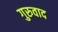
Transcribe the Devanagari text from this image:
गुरुवाद